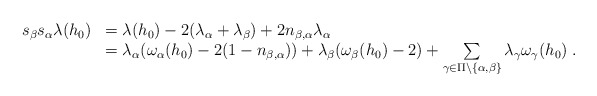
\begin{gather*}\begin{array}{rl}s_\beta s_\alpha \lambda(h_0) &= \lambda(h_0) - 2(\lambda_\alpha+\lambda_\beta) + 2n_{\beta,\alpha}\lambda_\alpha \\& = \lambda_\alpha(\omega_\alpha(h_0) - 2(1-n_{\beta,\alpha})) + \lambda_\beta(\omega_\beta(h_0)-2) + \sum\limits_{\gamma\in\Pi\setminus\{\alpha,\beta\}} \lambda_\gamma\omega_\gamma(h_0) \;.\end{array}\end{gather*}